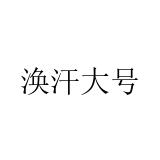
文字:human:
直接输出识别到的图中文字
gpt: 涣汗大号